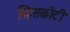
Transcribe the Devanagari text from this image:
व्हिसकोंटी